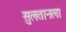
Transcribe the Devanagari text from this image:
सुलतानला